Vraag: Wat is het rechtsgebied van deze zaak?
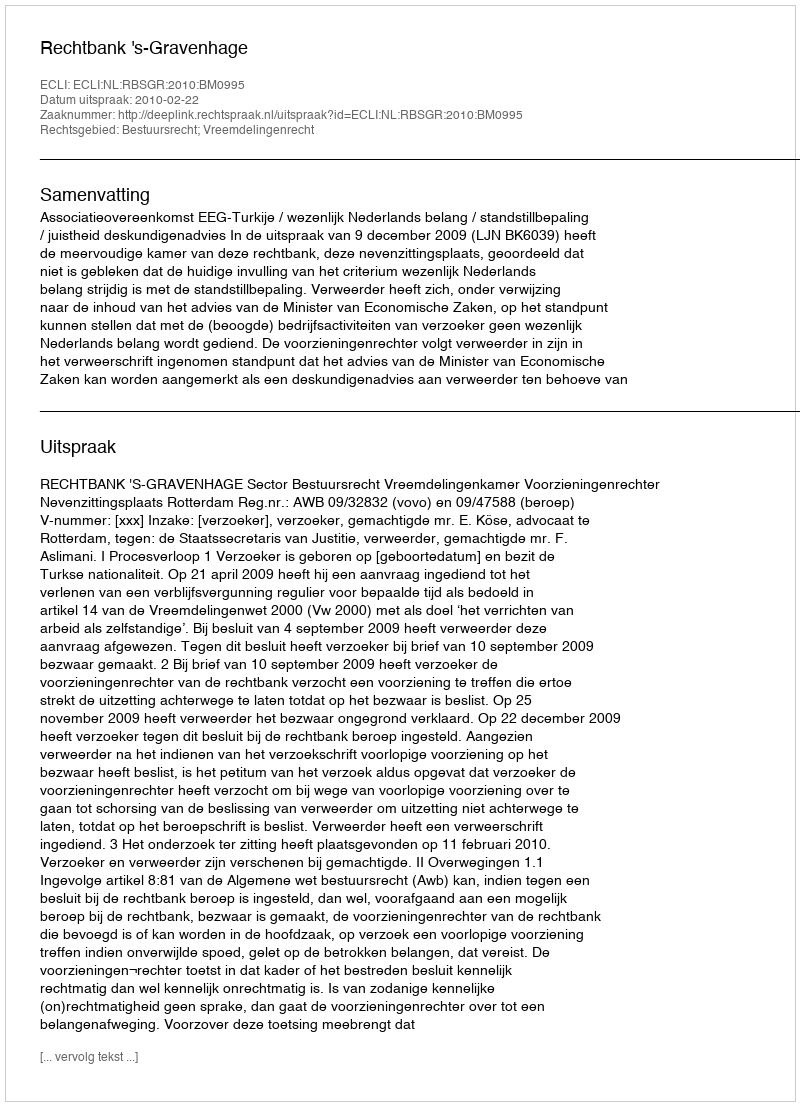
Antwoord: Bestuursrecht; Vreemdelingenrecht